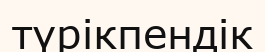
түрікпендік